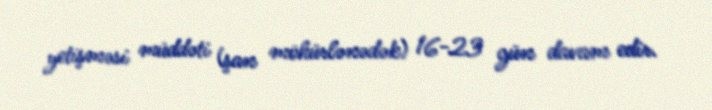
yetişməsi müddəti (şan möhürlənədək) 16-23 gün davam edir.